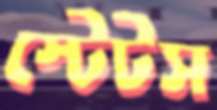
স্টেটস